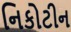
નિકોટીન